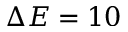
\Delta E = 1 0